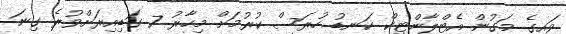
ވައިގެ މަގުން އެޓްލާންޓިކް ކަނޑު ހުރަސް ކުރުމަށް މިހާރު 7 ގަޑިއިރަށްވުރެ ގިނަ